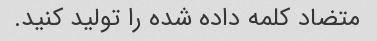
متضاد کلمه داده شده را تولید کنید.